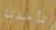
تأخذنا